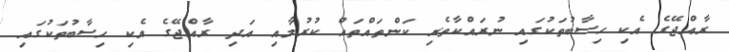
ރާއްޖޭގެ އެކި ހިސާބުތަކުގައި ނުރައްކާތެރި ކަންތައްތައް ކުރުމާއި އަދި ރާއްޖޭގެ އެކި ހިސާބުތަކުގައި